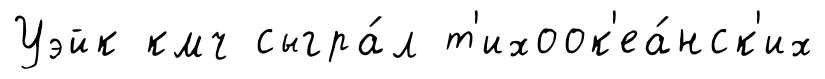
Уэйк кмч сыгра́л т'ихоок'еа́нск'их